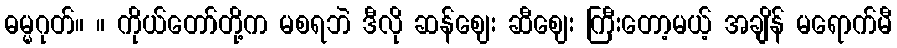
ဓမ္မဂုတ်။ ။ ကိုယ်တော်တို့က မစရဘဲ ဒီလို ဆန်ဈေး ဆီဈေး ကြီးတော့မယ့် အချိန် မရောက်မီ